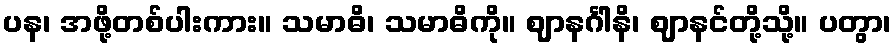
ပန၊ အဖို့တစ်ပါးကား။ သမာဓိ၊ သမာဓိကို။ ဈာနင်္ဂါနိ၊ ဈာနင်တို့သို့။ ပတွာ၊